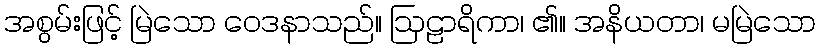
အစွမ်းဖြင့် မြဲသော ဝေဒနာသည်။ ဩဠာရိကာ၊ ၏။ အနိယတာ၊ မမြဲသော